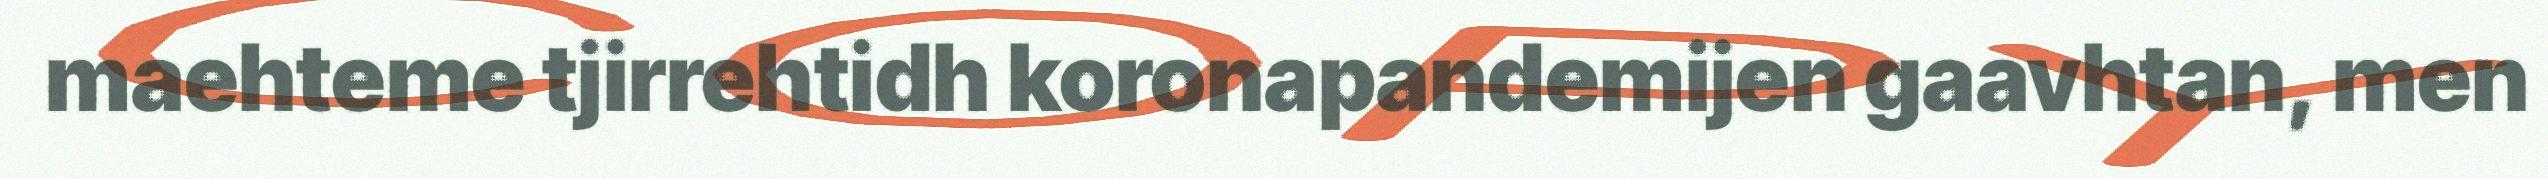
maehteme tjirrehtidh koronapandemijen gaavhtan, men